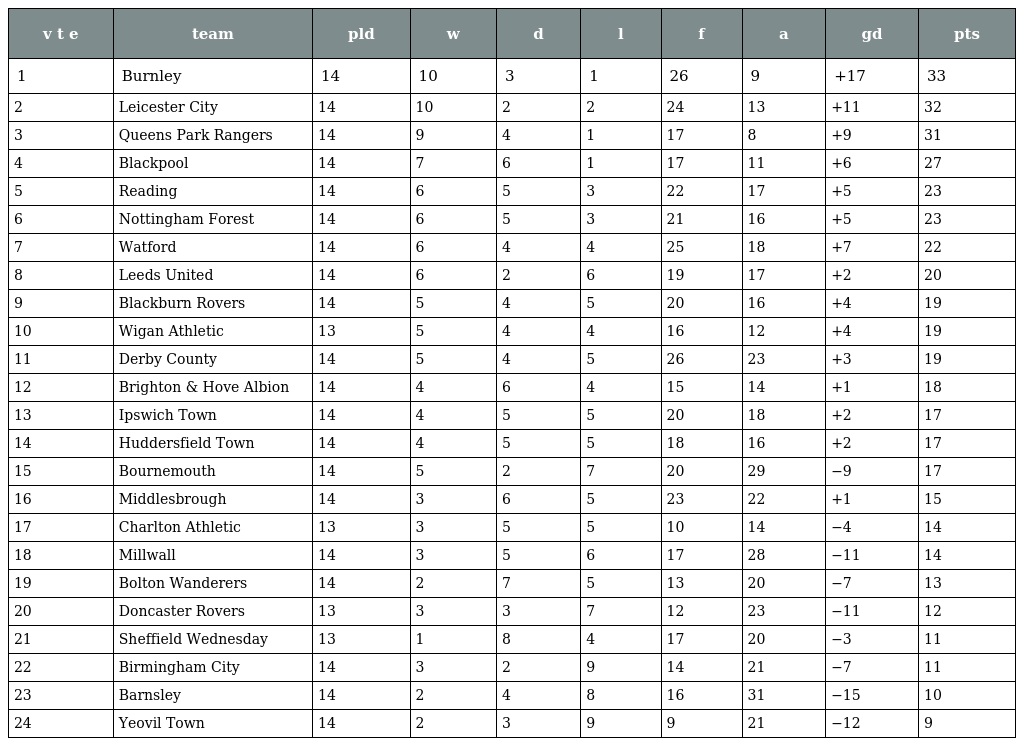
| v t e | team | pld | w | d | l | f | a | gd | pts |
 | --- | --- | --- | --- | --- | --- | --- | --- | --- | --- |
 | 1 | Burnley | 14 | 10 | 3 | 1 | 26 | 9 | +17 | 33 |
 | 2 | Leicester City | 14 | 10 | 2 | 2 | 24 | 13 | +11 | 32 |
 | 3 | Queens Park Rangers | 14 | 9 | 4 | 1 | 17 | 8 | +9 | 31 |
 | 4 | Blackpool | 14 | 7 | 6 | 1 | 17 | 11 | +6 | 27 |
 | 5 | Reading | 14 | 6 | 5 | 3 | 22 | 17 | +5 | 23 |
 | 6 | Nottingham Forest | 14 | 6 | 5 | 3 | 21 | 16 | +5 | 23 |
 | 7 | Watford | 14 | 6 | 4 | 4 | 25 | 18 | +7 | 22 |
 | 8 | Leeds United | 14 | 6 | 2 | 6 | 19 | 17 | +2 | 20 |
 | 9 | Blackburn Rovers | 14 | 5 | 4 | 5 | 20 | 16 | +4 | 19 |
 | 10 | Wigan Athletic | 13 | 5 | 4 | 4 | 16 | 12 | +4 | 19 |
 | 11 | Derby County | 14 | 5 | 4 | 5 | 26 | 23 | +3 | 19 |
 | 12 | Brighton & Hove Albion | 14 | 4 | 6 | 4 | 15 | 14 | +1 | 18 |
 | 13 | Ipswich Town | 14 | 4 | 5 | 5 | 20 | 18 | +2 | 17 |
 | 14 | Huddersfield Town | 14 | 4 | 5 | 5 | 18 | 16 | +2 | 17 |
 | 15 | Bournemouth | 14 | 5 | 2 | 7 | 20 | 29 | −9 | 17 |
 | 16 | Middlesbrough | 14 | 3 | 6 | 5 | 23 | 22 | +1 | 15 |
 | 17 | Charlton Athletic | 13 | 3 | 5 | 5 | 10 | 14 | −4 | 14 |
 | 18 | Millwall | 14 | 3 | 5 | 6 | 17 | 28 | −11 | 14 |
 | 19 | Bolton Wanderers | 14 | 2 | 7 | 5 | 13 | 20 | −7 | 13 |
 | 20 | Doncaster Rovers | 13 | 3 | 3 | 7 | 12 | 23 | −11 | 12 |
 | 21 | Sheffield Wednesday | 13 | 1 | 8 | 4 | 17 | 20 | −3 | 11 |
 | 22 | Birmingham City | 14 | 3 | 2 | 9 | 14 | 21 | −7 | 11 |
 | 23 | Barnsley | 14 | 2 | 4 | 8 | 16 | 31 | −15 | 10 |
 | 24 | Yeovil Town | 14 | 2 | 3 | 9 | 9 | 21 | −12 | 9 |